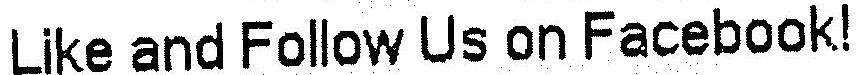
LIKE AND FOLLOW US ON FACEBOOK!